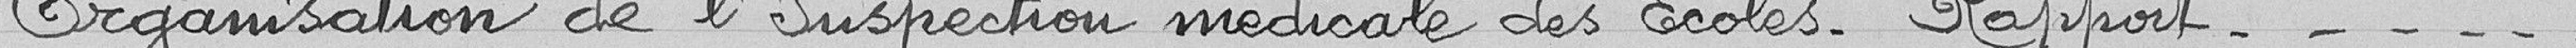
Organisation de l'Inspection médicale des Ecoles - Rapport